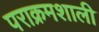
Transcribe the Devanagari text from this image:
पराक्रमशाली